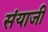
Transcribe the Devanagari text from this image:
संयाजी